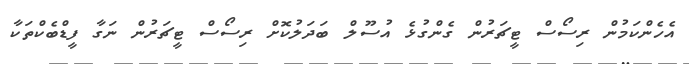
އެހެންކަމުން ރިސޯސް ޓީޗަރުން ގެންގުޅެ އުސޫލް ބަދަލުކޮށް ރިސޯސް ޓީޗަރުން ނަގާ ފީޑްބެކްތަކާ